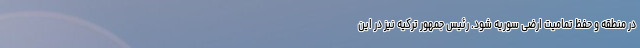
در منطقه و حفظ تمامیت ارضی سوریه شود. رئیس جمهور ترکیه نیز در این